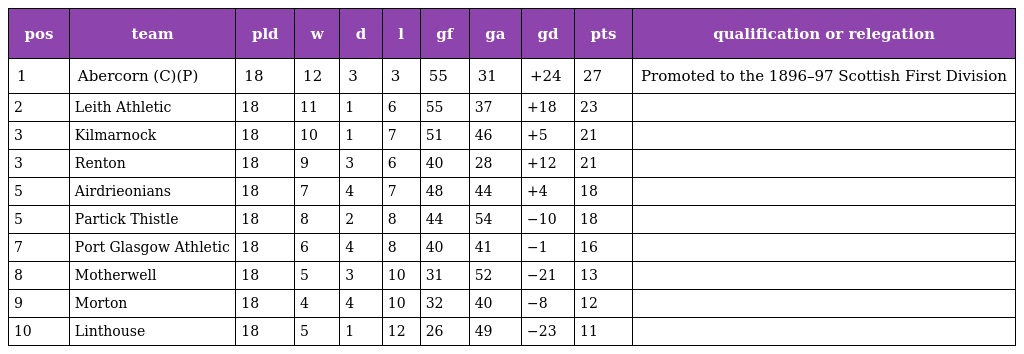
| pos | team | pld | w | d | l | gf | ga | gd | pts | qualification or relegation |
 | --- | --- | --- | --- | --- | --- | --- | --- | --- | --- | --- |
 | 1 | Abercorn (C)(P) | 18 | 12 | 3 | 3 | 55 | 31 | +24 | 27 | Promoted to the 1896–97 Scottish First Division |
 | 2 | Leith Athletic | 18 | 11 | 1 | 6 | 55 | 37 | +18 | 23 |  |
 | 3 | Kilmarnock | 18 | 10 | 1 | 7 | 51 | 46 | +5 | 21 |  |
 | 3 | Renton | 18 | 9 | 3 | 6 | 40 | 28 | +12 | 21 |  |
 | 5 | Airdrieonians | 18 | 7 | 4 | 7 | 48 | 44 | +4 | 18 |  |
 | 5 | Partick Thistle | 18 | 8 | 2 | 8 | 44 | 54 | −10 | 18 |  |
 | 7 | Port Glasgow Athletic | 18 | 6 | 4 | 8 | 40 | 41 | −1 | 16 |  |
 | 8 | Motherwell | 18 | 5 | 3 | 10 | 31 | 52 | −21 | 13 |  |
 | 9 | Morton | 18 | 4 | 4 | 10 | 32 | 40 | −8 | 12 |  |
 | 10 | Linthouse | 18 | 5 | 1 | 12 | 26 | 49 | −23 | 11 |  |